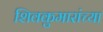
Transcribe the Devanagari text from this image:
शिवकुमारांच्या